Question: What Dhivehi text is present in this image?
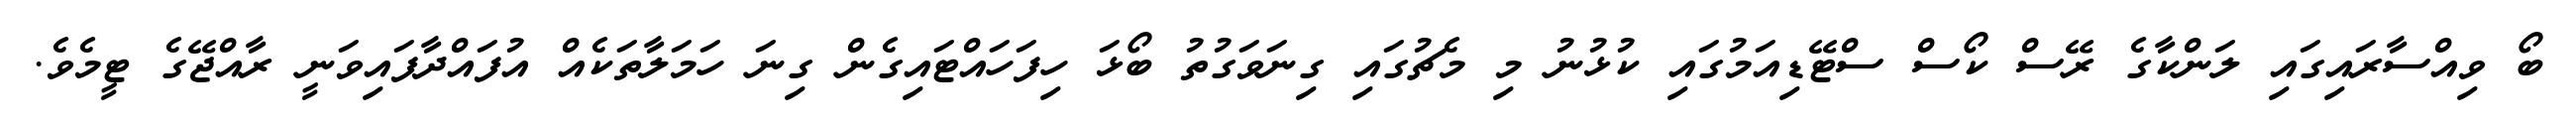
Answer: ބޯ ވިއްސާރައިގައި ލަންކާގެ ރޭސް ކޯސް ސްޓޭޑިއަމުގައި ކުޅުނު މި މެޗުގައި ގިނަވަގުތު ބޯޅަ ހިފަހައްޓައިގެން ގިނަ ހަމަލާތަކެއް އުފައްދާފައިވަނީ ރާއްޖޭގެ ޓީމެވެ.